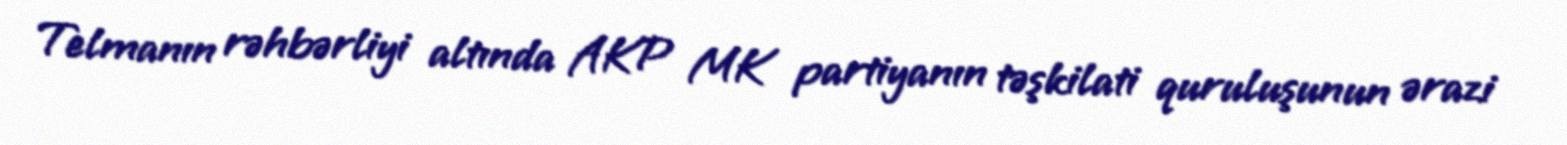
Telmanın rəhbərliyi altında AKP MK partiyanın təşkilati quruluşunun ərazi